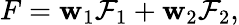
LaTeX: F=\mathbf{w}_{1}\mathcal{{F}}_{1}+\mathbf{w}_{2}\mathcal{{F}}_{2},